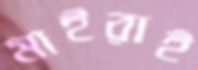
মাইরাই